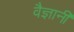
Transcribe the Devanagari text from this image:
वैज्ञानी